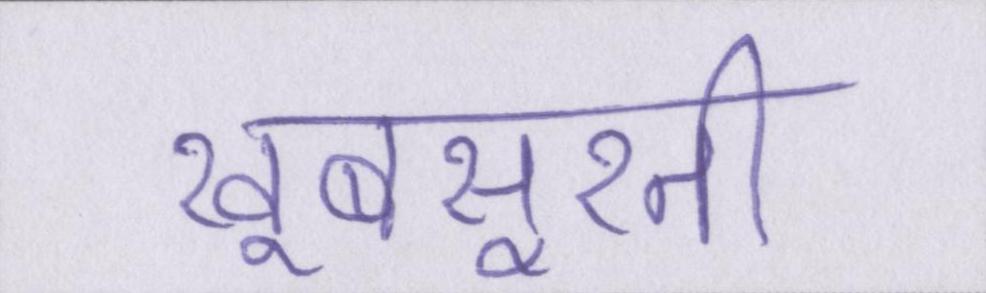
खूबसूरती